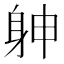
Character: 𨈮